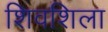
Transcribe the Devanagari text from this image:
शिवशिला